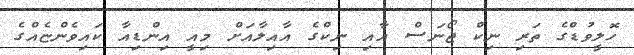
ހޮލީވުޑްގެ ތަރި ނިކް ޖޯނަސް އާއި ނިކްގެ އާއިލާއަށް މިއީ އިންޑިއާ ކައިވެންޏެއްގެ